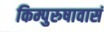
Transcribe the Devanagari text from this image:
किम्पुरुषावासं